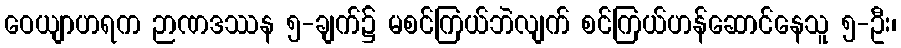
ဝေယျာဟရက ဉာဏဒဿန ၅-ချက်၌ မစင်ကြယ်ဘဲလျက် စင်ကြယ်ဟန်ဆောင်နေသူ ၅-ဦး၊